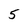
Character: 5